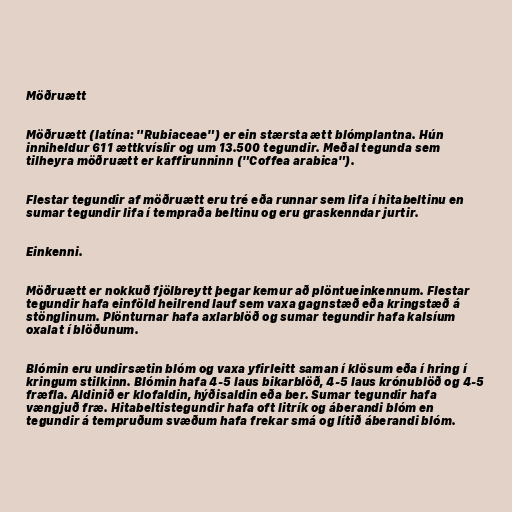
Möðruætt

Möðruætt (latína: "Rubiaceae") er ein stærsta ætt blómplantna. Hún
inniheldur 611 ættkvíslir og um 13.500 tegundir. Meðal tegunda sem
tilheyra möðruætt er kaffirunninn ("Coffea arabica").

Flestar tegundir af möðruætt eru tré eða runnar sem lifa í hitabeltinu en
sumar tegundir lifa í tempraða beltinu og eru graskenndar jurtir.

Einkenni.

Möðruætt er nokkuð fjölbreytt þegar kemur að plöntueinkennum. Flestar
tegundir hafa einföld heilrend lauf sem vaxa gagnstæð eða kringstæð á
stönglinum. Plönturnar hafa axlarblöð og sumar tegundir hafa kalsíum
oxalat í blöðunum.

Blómin eru undirsætin blóm og vaxa yfirleitt saman í klösum eða í hring í
kringum stilkinn. Blómin hafa 4-5 laus bikarblöð, 4-5 laus krónublöð og 4-5
fræfla. Aldinið er klofaldin, hýðisaldin eða ber. Sumar tegundir hafa
vængjuð fræ. Hitabeltistegundir hafa oft litrík og áberandi blóm en
tegundir á tempruðum svæðum hafa frekar smá og lítið áberandi blóm.